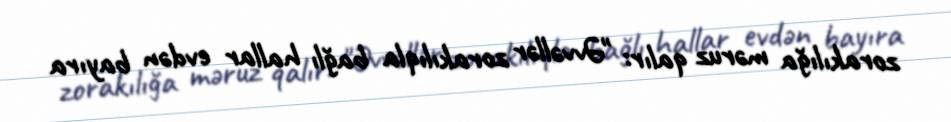
zorakılığa məruz qalır: "Əvvəllər zorakılıqla bağlı hallar evdən bayıra